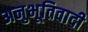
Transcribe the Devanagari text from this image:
अनुभूतिवादी